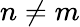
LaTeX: n\neq m